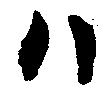
ハ